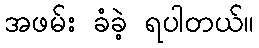
အဖမ်း ခံခဲ့ ရပါတယ်။